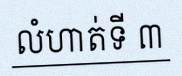
លំហាត់ទី ៣